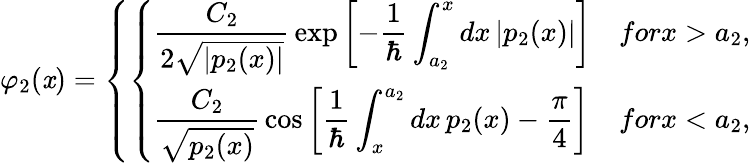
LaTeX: \varphi_{2}(\mathit{x})=\left\{ \left\{ \begin{array}{ll}{{\displaystyle{\frac{C_{2}}{2\sqrt{|p_{2}(x)|}}}\exp\left[-{\frac{1}{\hbar}}\int_{a_{2}}^{x}dx\, |p_{2}(x)|\right]}}&{{forx>a_{2},}}\\ {{\displaystyle{\frac{C_{2}}{\sqrt{p_{2}(x)}}}\cos\left[{\frac{1}{\hbar}}\int_{x}^{a_{2}}dx\, p_{2}(x)-{\frac{\pi}{4}}\right]}}&{{forx<a_{2},}}\end{array}\right.\right.